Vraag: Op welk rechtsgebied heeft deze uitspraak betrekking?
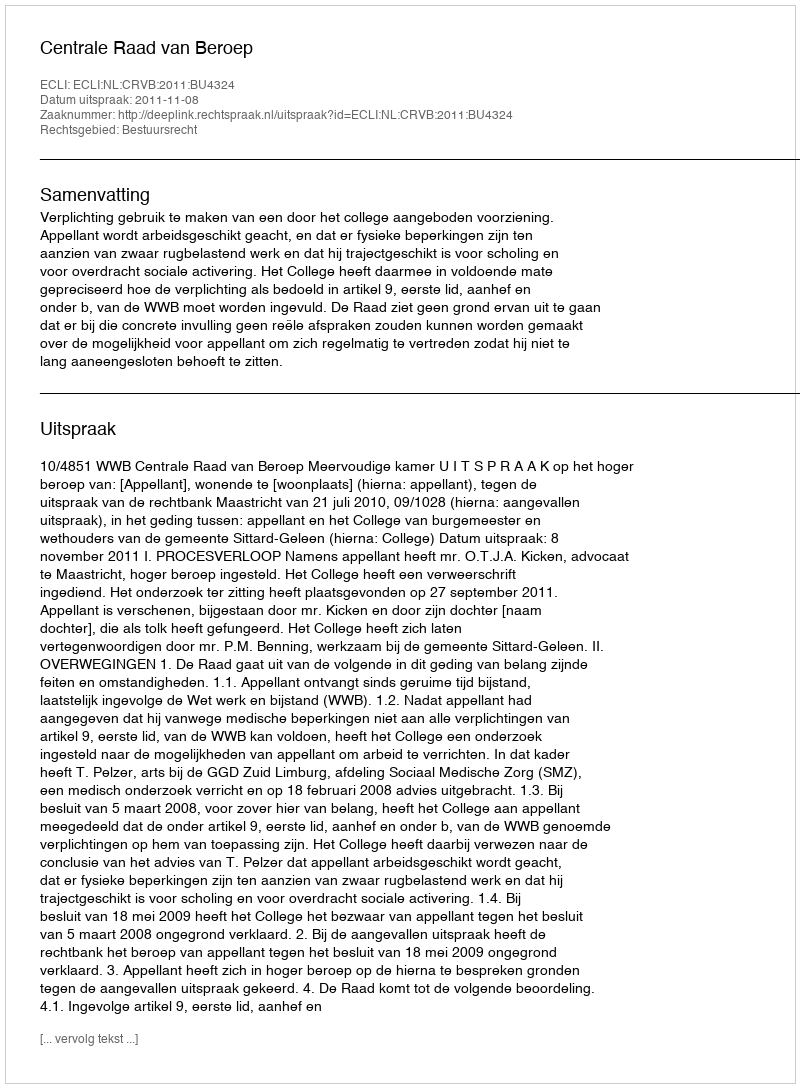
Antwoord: Bestuursrecht